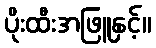
ပိုးထီးအဖြူနှင့်။